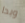
وبدا